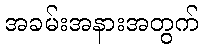
အခမ်းအနားအတွက်